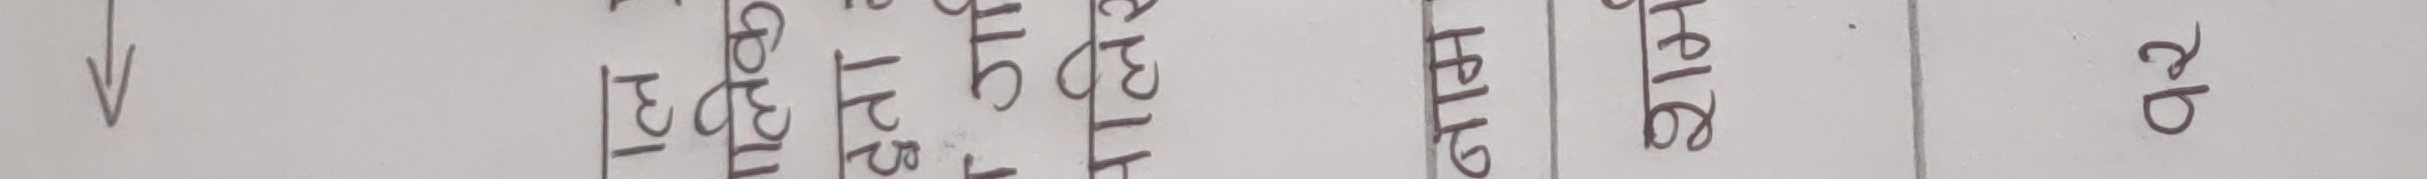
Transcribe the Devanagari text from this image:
V प्रा. प्र. अ. आ. शि. अ. हाजिरी कैफियत सहि रजि.